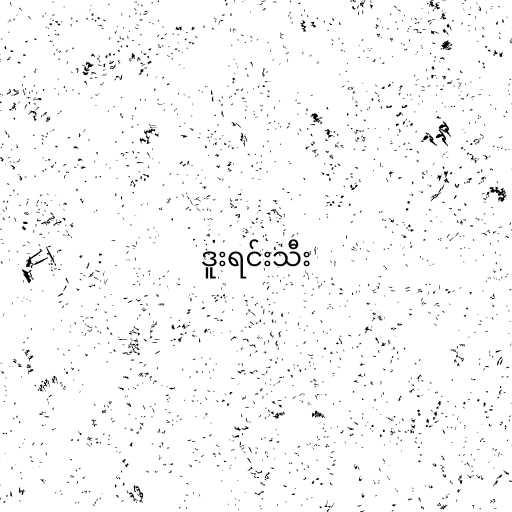
ဒူးရင်းသီး